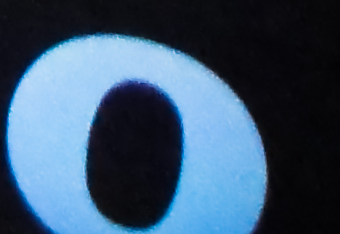
O